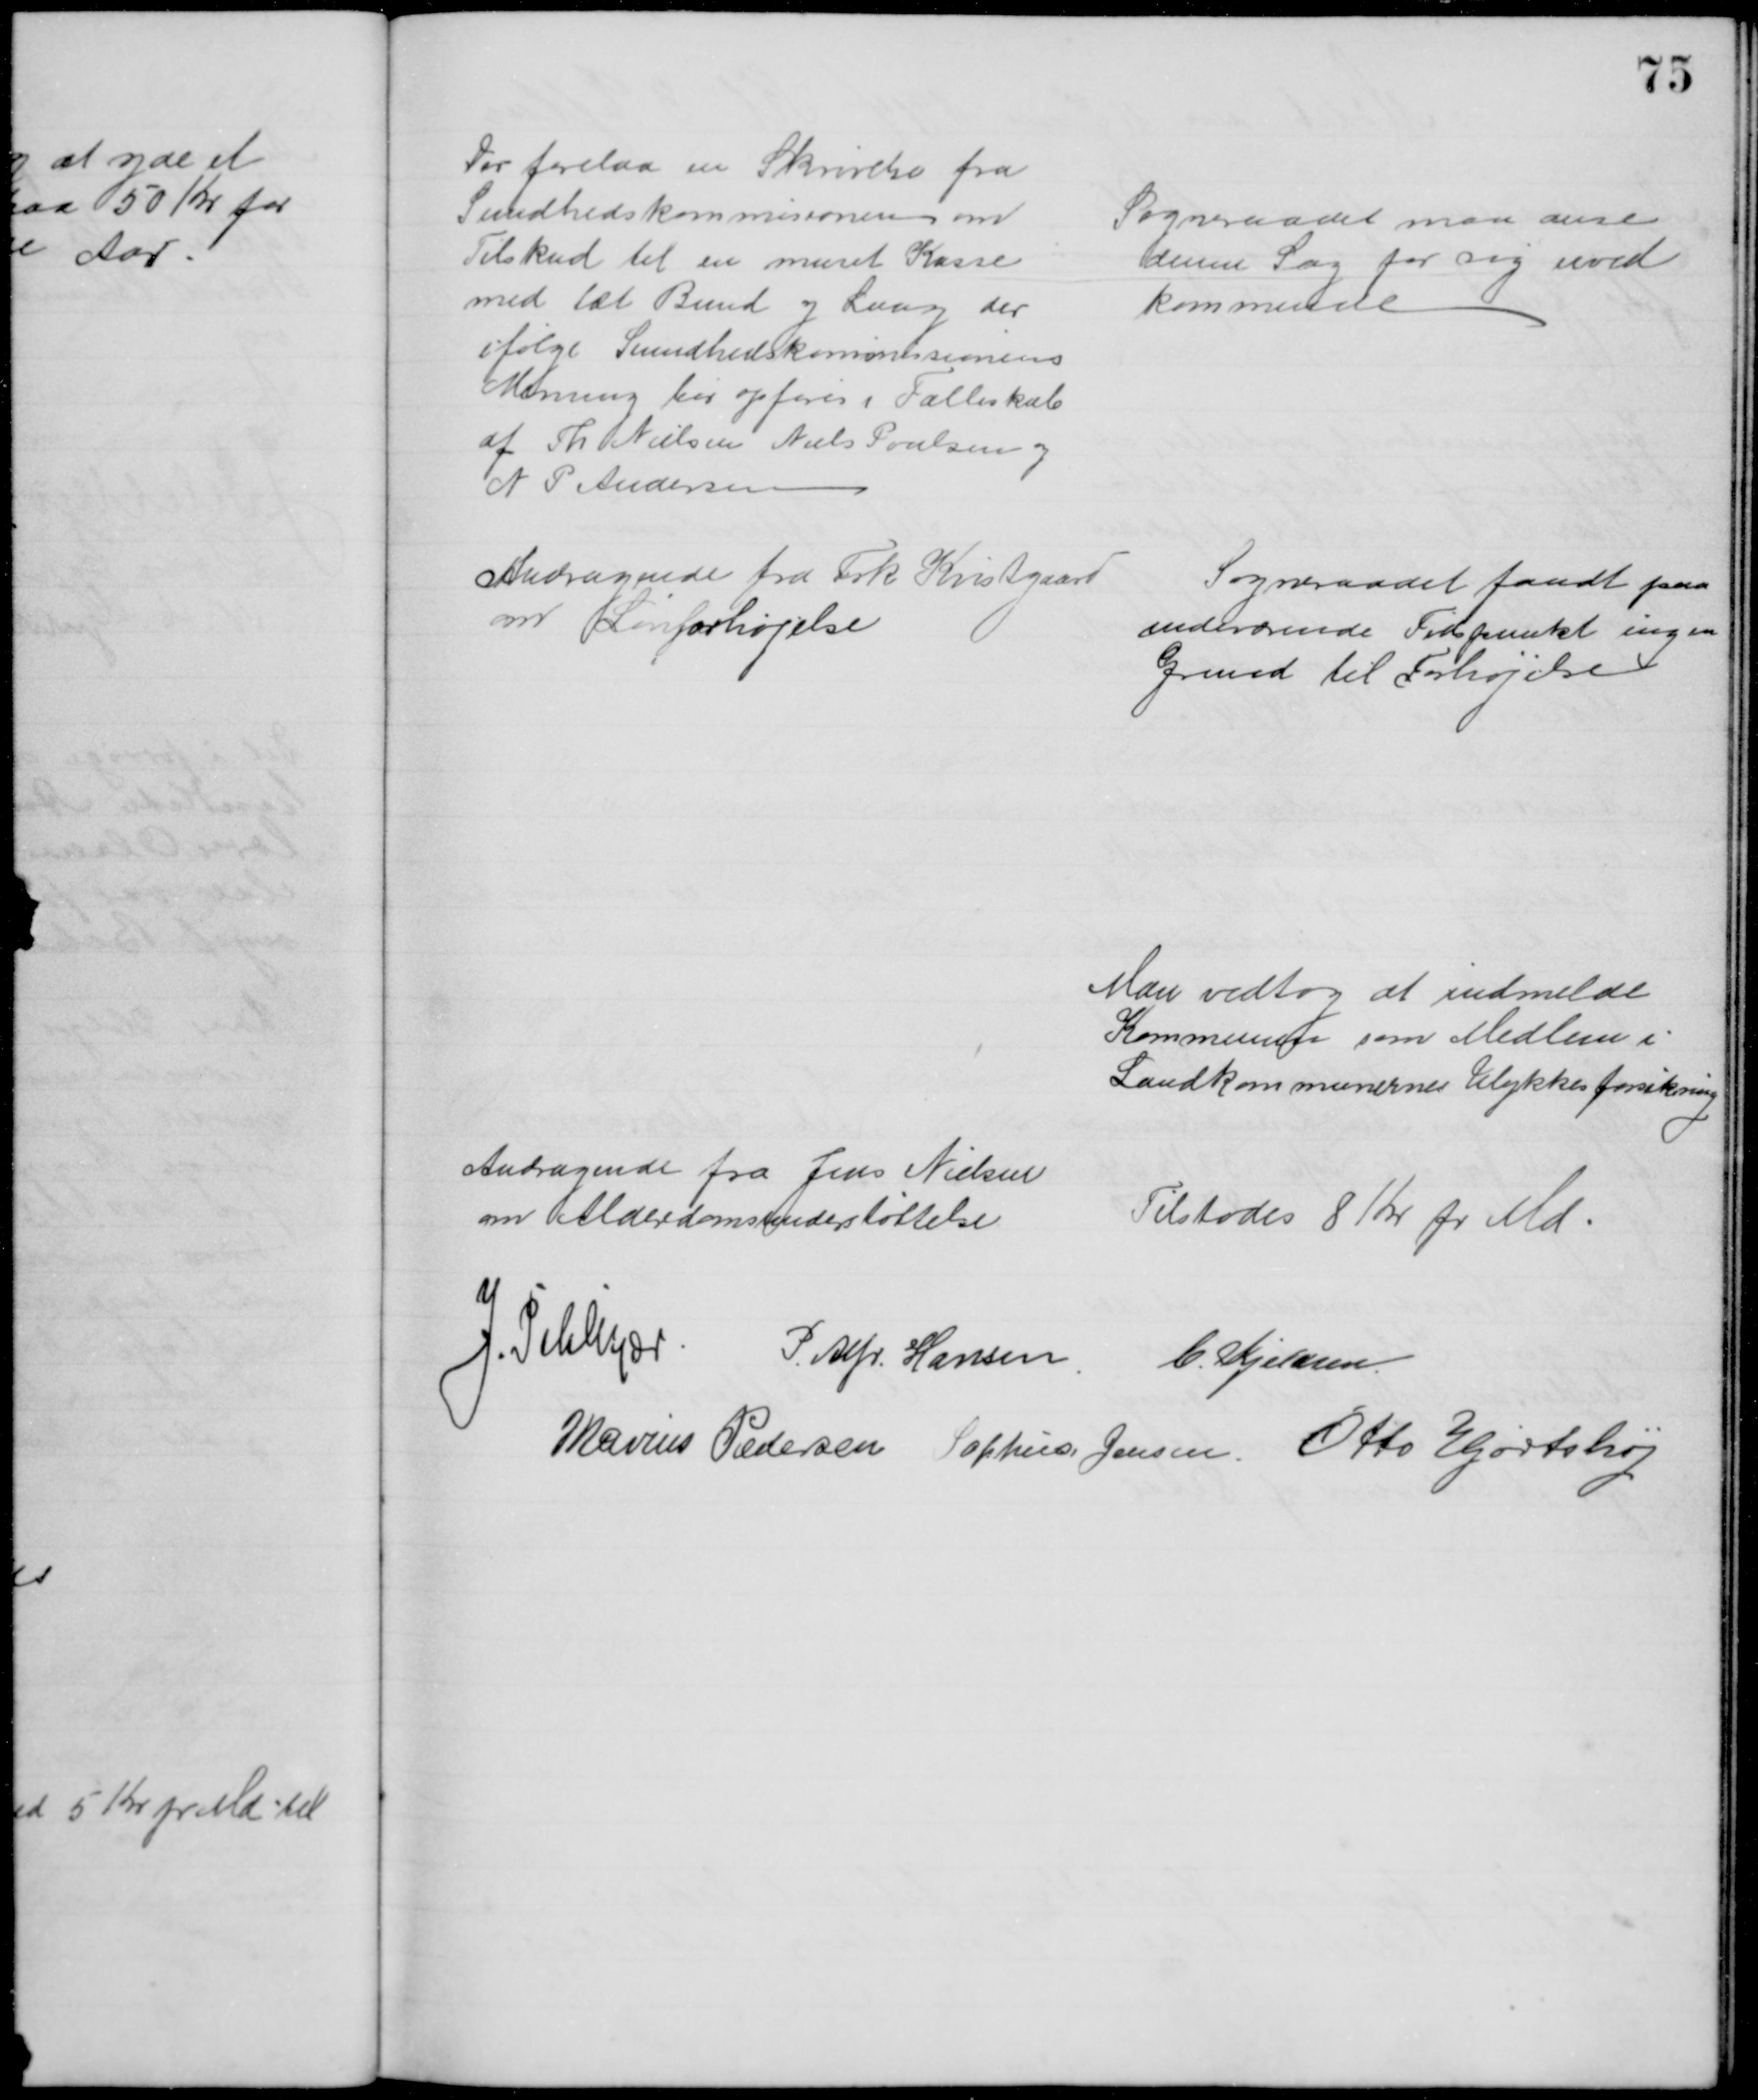
Transskription:
Der forelaa en Skrivelse fra
Sundhedskommisionen om
Tilskud til en muret Kasse
med tæt Bund og Laag der
ifølge Sundhedskommissionens
Mening bør opføres i Fælleskab
af Th Nielsen Niels Poulsen og
N P Andersen
Sogneraadet maa anse
denne Sag for sig uved
kommende
Andragende fra Frk. Kvistgaard
om Lønforhøjelse
Sogneraadet fandt paa
indeværende Tidspunkt ingen
Grund til Forhøjelse
Man vedtog at indmelde
Kommunen som Medlem i
Landkommunernes Ulykkesforsikring
Andragende fra Jens Nielsen
om Alderdomsunderstøttelse
Tilstodes 8 Kr pr Md
J. Pihlkjær
P. Alfr. Hansen
C. Kjeldsen
Marius Pedersen Sophus Jensen. Otto Hjortshøj